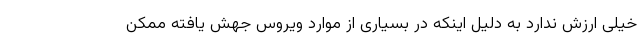
خیلی ارزش ندارد به دلیل اینکه در بسیاری از موارد ویروس جهش یافته ممکن